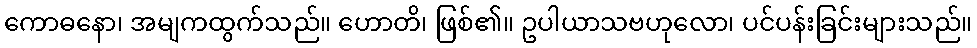
ကောဓနော၊ အမျကထွက်သည်။ ဟောတိ၊ ဖြစ်၏။ ဥပါယာသဗဟုလော၊ ပင်ပန်းခြင်းများသည်။